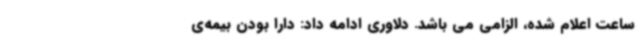
ساعت اعلام شده، الزامی می باشد. دلاوری ادامه داد: دارا بودن بیمه‌ی